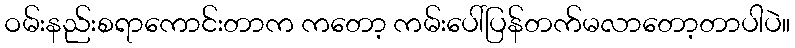
ဝမ်းနည်းစရာကောင်းတာက ကတော့ ကမ်းပေါ်ပြန်တက်မလာတော့တာပါပဲ။